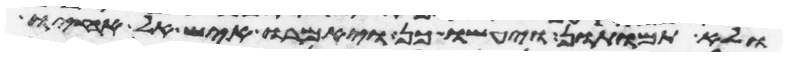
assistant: ולא תמותון ויעשו כן ויאמרו איש אל אחיו